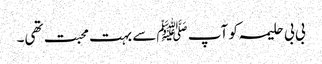
بی بی حلیمہ کو آپ ﷺسے بہت محبت تھی۔